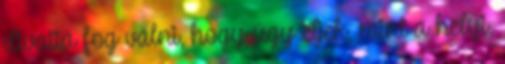
divattá fog válni, hogy úgy éljek, mint a helyi,